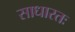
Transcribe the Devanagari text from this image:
साधारतः